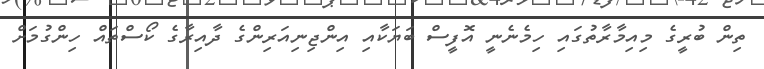
ތިން ބުރީގެ މިއިމާރާތުގައި ހިމެނެނީ އޮފީސް ބަޔަކާއި އިންޖިނިއަރިންގެ ދާއިރާގެ ކޯސްތައް ހިންގުމަށް